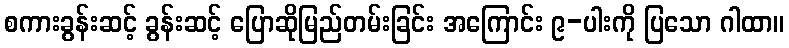
စကားခွန်းဆင့် ခွန်းဆင့် ပြောဆိုမြည်တမ်းခြင်း အကြောင်း ၉-ပါးကို ပြသော ဂါထာ။